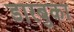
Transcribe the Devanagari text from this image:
डारबुका